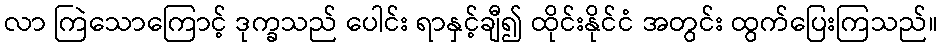
လာ ကြဲသောကြောင့် ဒုက္ခသည် ပေါင်း ရာနှင့်ချီ၍ ထိုင်းနိုင်ငံ အတွင်း ထွက်ပြေးကြသည်။